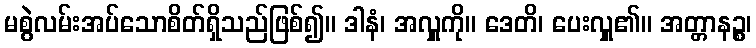
မစွဲလမ်းအပ်သောစိတ်ရှိသည်ဖြစ်၍။ ဒါနံ၊ အလှူကို။ ဒေတိ၊ ပေးလှူ၏။ အတ္တာနဉ္စ၊